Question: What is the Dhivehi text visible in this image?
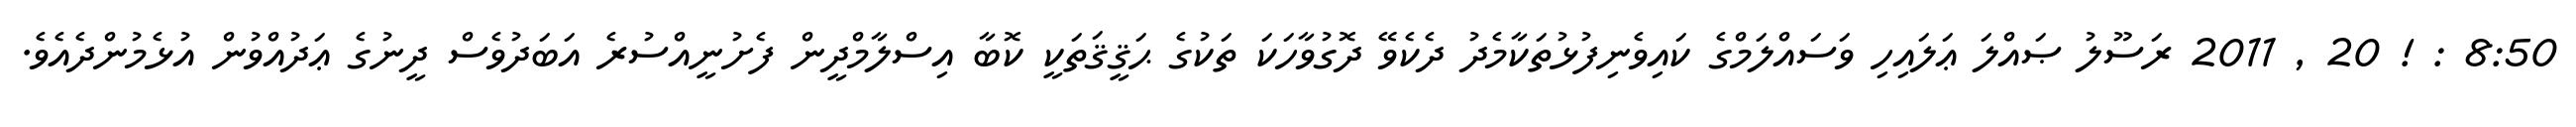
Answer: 8:50 : ! 20 , 2011 ރަސޫލު ޞައްލަ ޢަލައިހި ވަސައްލަމްގެ ކައިވެނިފުޅުތަކާމެދު ދެކެވޭ ދޮގުވާހަކަ ތަކުގެ ޙަޤީޤަތަކީ ކޮބާ އިސްލާމްދީން ފެށުނީއްސުރެ އަބަދުވެސް ދީނުގެ ޢަދުއްވުން އުޅެމުންދެއެވެ.